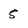
Character: 5